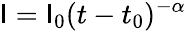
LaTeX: \mathsf{I}=\mathsf{I}_{0}(t-t_{0})^{-\alpha}